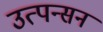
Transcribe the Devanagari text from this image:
उत्पन्सन